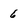
Character: 6